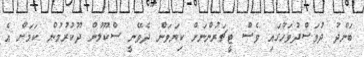
ބަންދު ދުވަސްދުވަހުގައި ވެސް ޓީޗަރުންނަށް ކިޔަވަން ދެވޭނީ ސްކޫލުން ދޫކުރުމުން ކަމަށް އެ